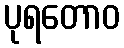
ပုရတောဝ